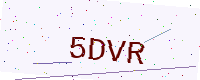
Text: 5DVR